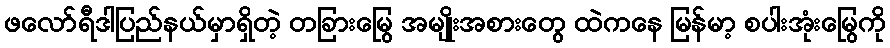
ဖလော်ရီဒါပြည်နယ်မှာရှိတဲ့ တခြားမြွေ အမျိုးအစားတွေ ထဲကနေ မြန်မာ့ စပါးအုံးမြွေကို